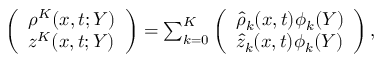
\begin{array} { r } { \left( \begin{array} { l } { \rho ^ { K } ( x , t ; Y ) } \\ { z ^ { K } ( x , t ; Y ) } \end{array} \right) = \sum _ { k = 0 } ^ { K } \left( \begin{array} { l } { \hat { \rho } _ { k } ( x , t ) \phi _ { k } ( Y ) } \\ { \hat { z } _ { k } ( x , t ) \phi _ { k } ( Y ) } \end{array} \right) , } \end{array}